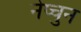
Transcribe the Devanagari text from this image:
नेप्चुन